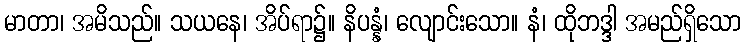
မာတာ၊ အမိသည်။ သယနေ၊ အိပ်ရာ၌။ နိပန္နံ၊ လျောင်းသော။ နံ၊ ထိုဘဒ္ဒါ အမည်ရှိသော